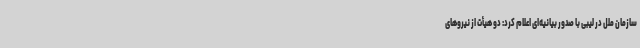
سازمان ملل در لیبی با صدور بیانیه‌ای اعلام کرد: دو هیأت از نیروهای